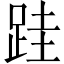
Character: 跬